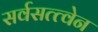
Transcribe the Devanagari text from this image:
सर्वसत्त्वेन